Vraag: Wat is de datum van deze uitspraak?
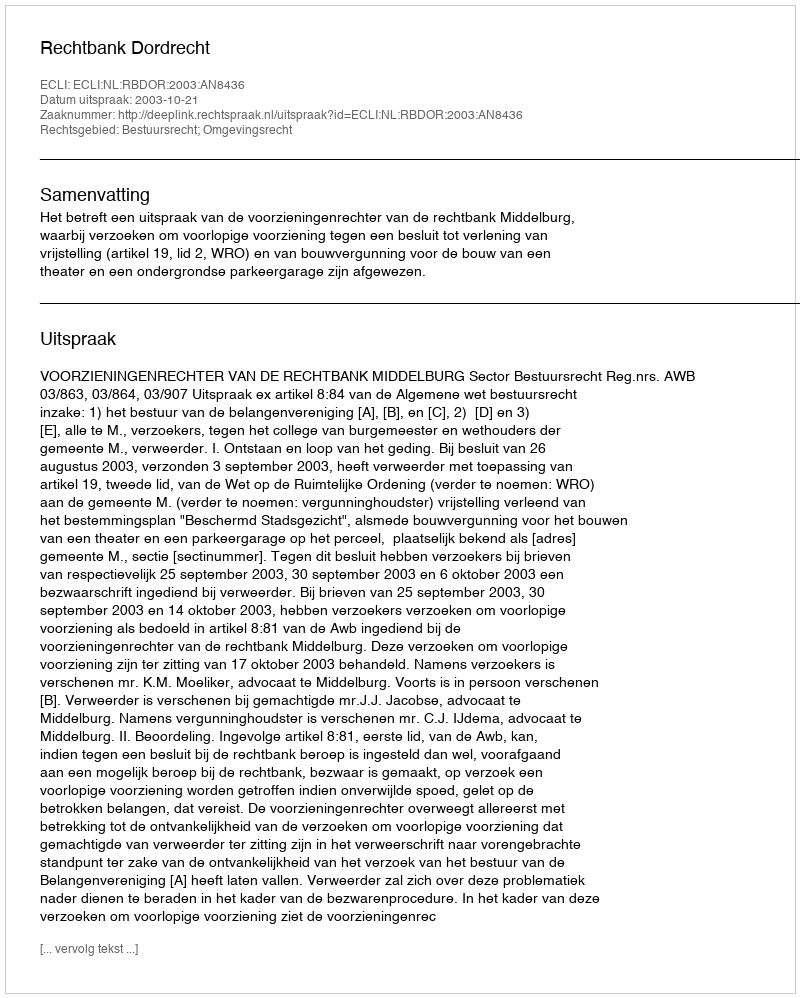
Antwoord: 2003-10-21